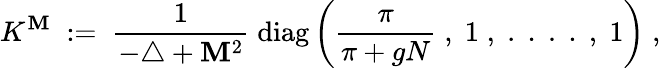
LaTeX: K^{\mathbf{M}}\; :=\; \frac{{1}}{{-\triangle+\mathbf{M}^{2}}}\; \mathrm{{diag}}\left(\frac{{\pi}}{{\pi+gN}}\; ,\; 1\; ,\; .\; .\; .\; .\; ,\; 1\right)\; ,